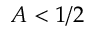
A < 1 / 2